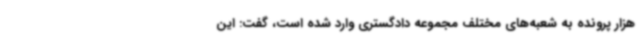
هزار پرونده به شعبه‌های مختلف مجموعه دادگستری وارد شده است، گفت: این